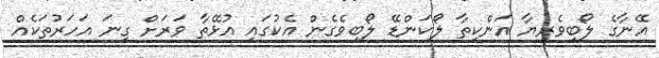
އޭނާގެ ލޯބިވެރިޔާ އަންކިތާ ލޯކަންޑޭ ލޯބިވެގެން އެކުގައި އުޅޭތާ ވަރަށް ގިނަ އަހަރުތަކެއް